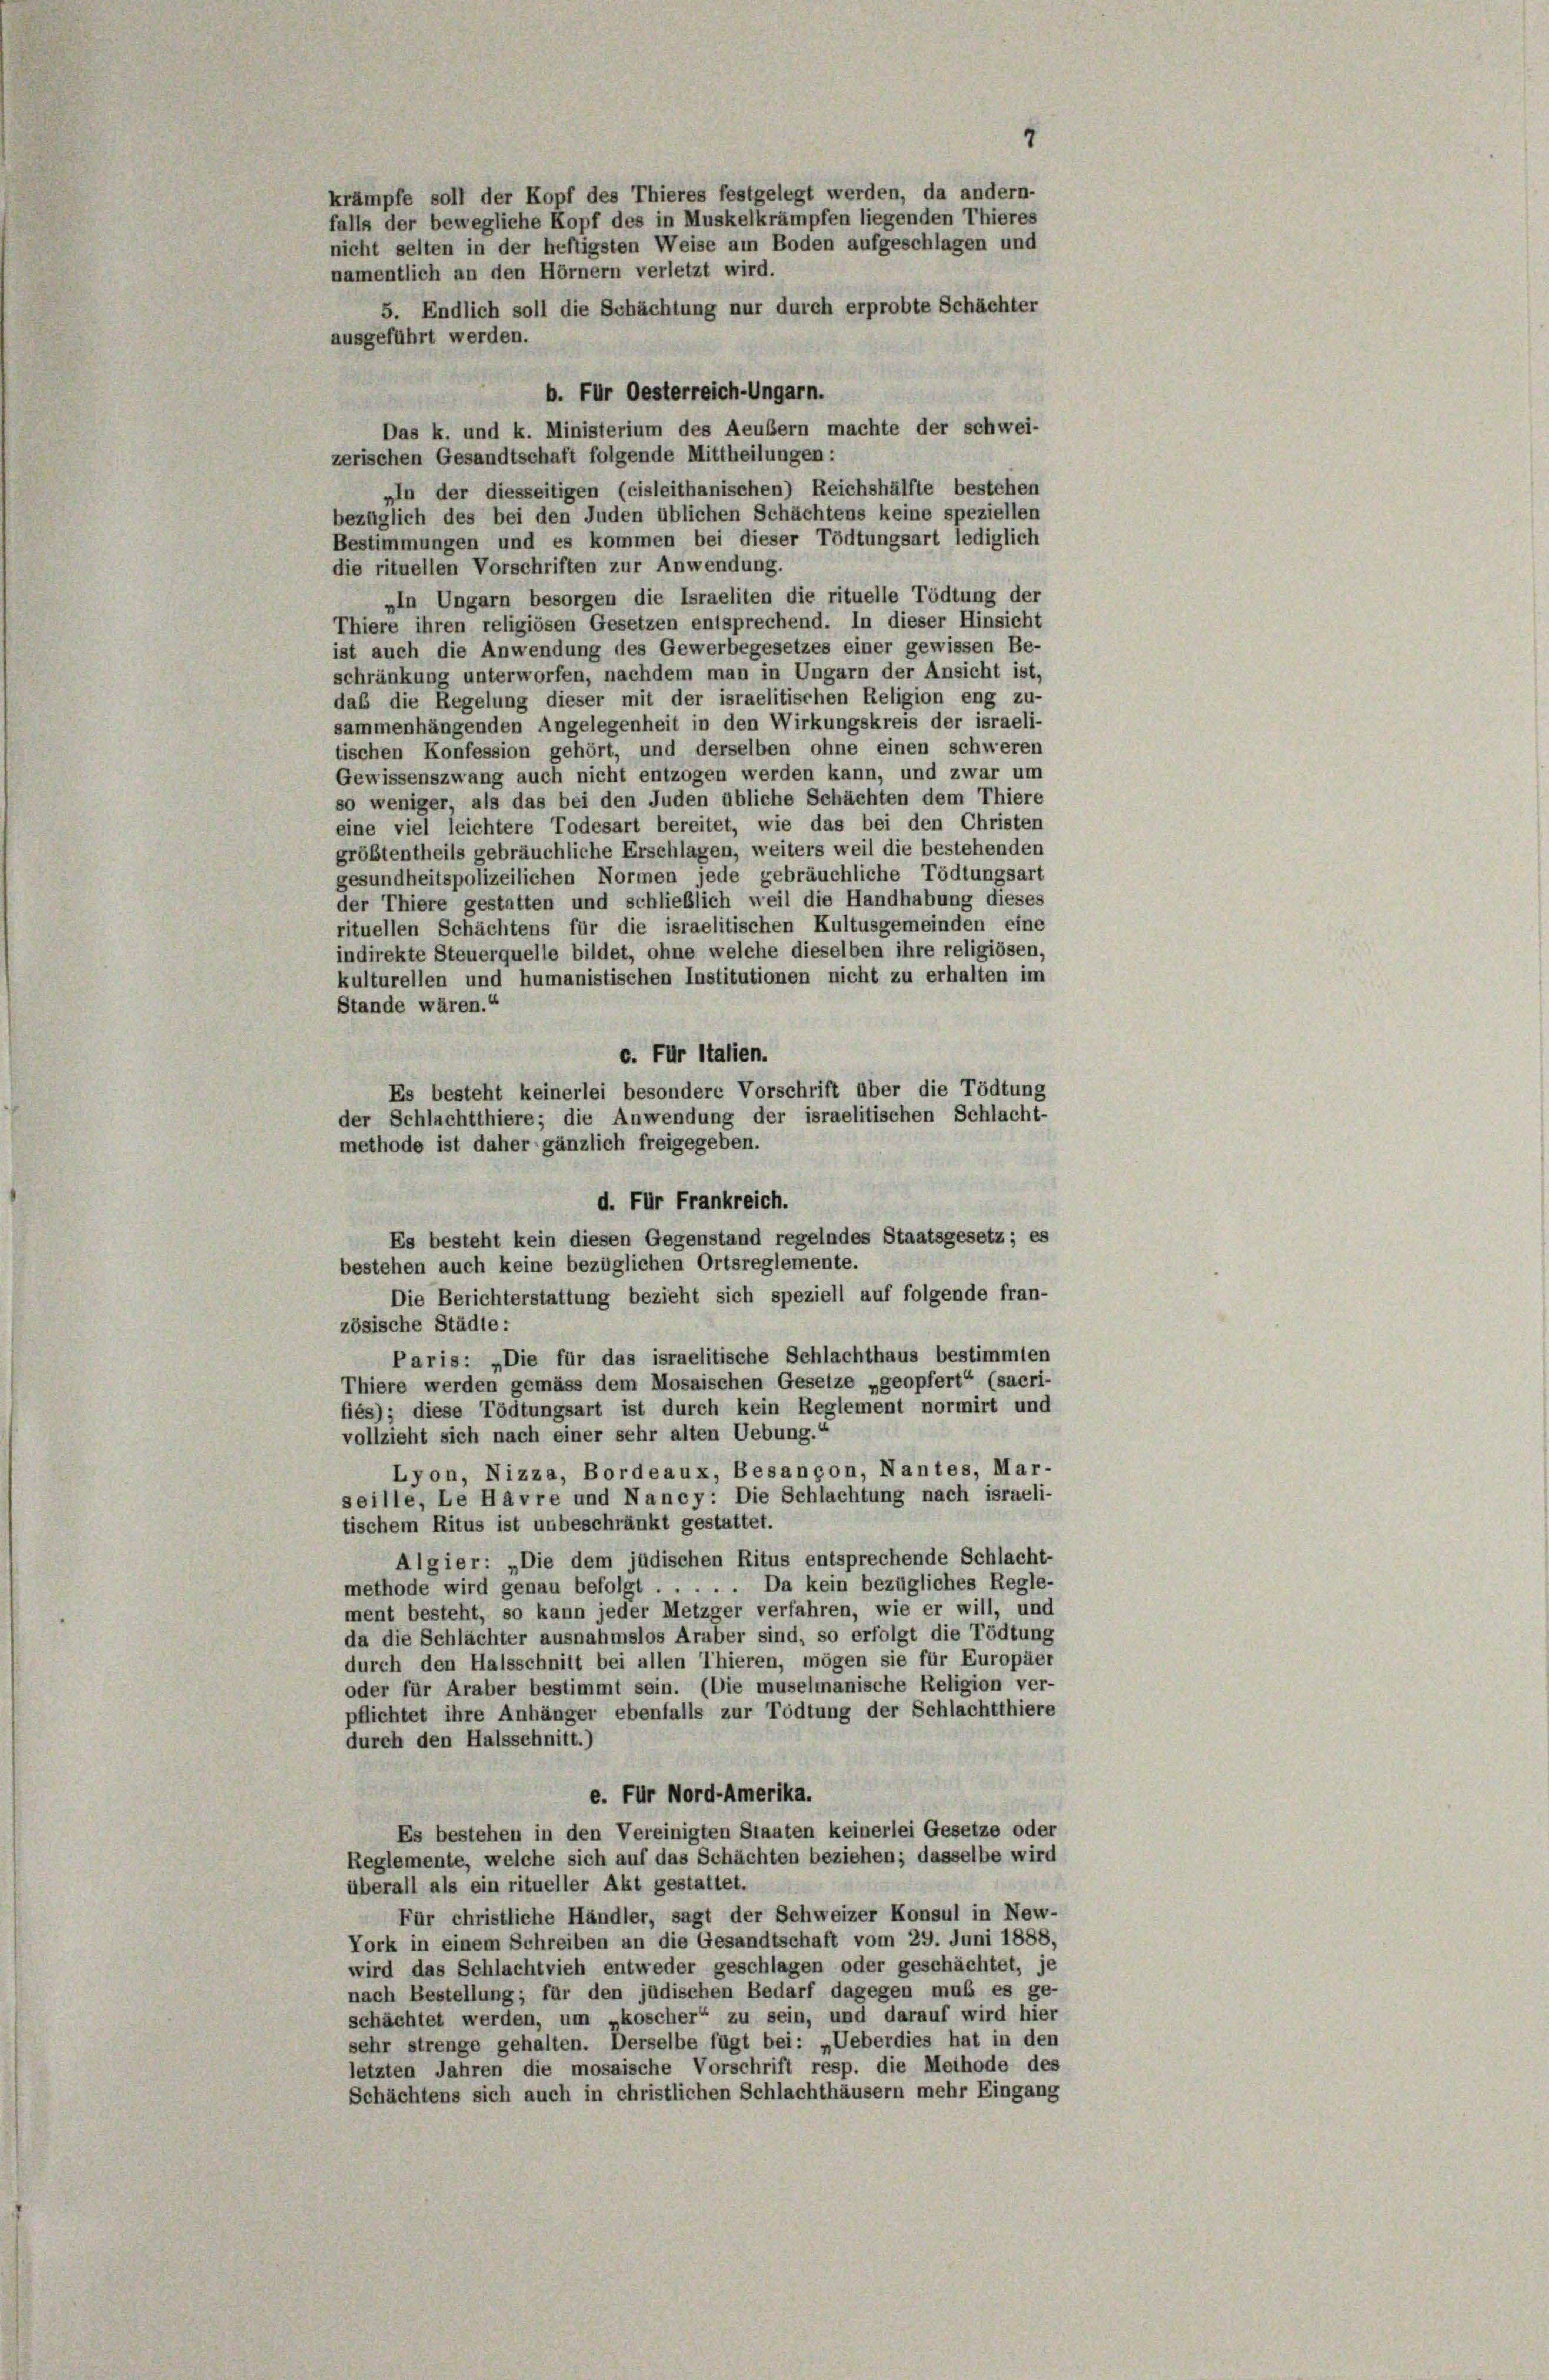
1
krämpfe soll der Kopf des Thieres festgelegt werden, da andern-
falls der bewegliche Kopf des in Muskelkrämpfen liegenden Thieres
nicht selten in der heftigsten Weise am Boden aufgeschlagen und
namentlich an den Hörnern verletzt wird.
5. Endlich soll die Schachtung nur durch erprobte Schächter
ausgeführt werden.

b. Für Oesterreich-Ungarn.
Das k. und k. Ministerium des Aeußern machte der schwei-
zerischen Gesandtschaft folgende Mittheilungen:
»In der diesseitigen (cisleithanischen) Reichshälfte bestehen
bezüglich des bei den Juden üblichen Schächtens keine speziellen
Bestimmungen und es kommen bei dieser Tödtungsart lediglich
die rituellen Vorschriften zur Anwendung.
»In Ungarn besorgen die Israeliten die rituelle Tödtung der
Thiere ihren religiösen Gesetzen entsprechend. In dieser Hinsicht
ist auch die Anwendung des Gewerbegesetzes einer gewissen Be-
schränkung unterworfen, nachdem man in Ungarn der Ansicht ist,
daß die Regelung dieser mit der israelitischen Religion eng zu-
sammenhängenden Angelegenheit in den Wirkungskreis der israeli-
tischen Konfession gehört, und derselben ohne einen schweren
Gewissenszwang auch nicht entzogen werden kann, und zwar um
so weniger, als das bei den Juden übliche Schächten dem Thiere
eine viel leichtere Todesart bereitet, wie das bei den Christen
größtentheils gebräuchliche Erschlagen, weiters weil die bestehenden
gesundheitspolizeilichen Normen jede gebräuchliche Tödtungsart
der Thiere gestatten und schließlich weil die Handhabung dieses
rituellen Schächtens für die israelitischen Kultusgemeinden eine
indirekte Steuerquelle bildet, ohne welche dieselben ihre religiösen,
kulturellen und humanistischen Institutionen nicht zu erhalten im
Stande wären.“
c. Für Italien.
Es besteht keinerlei besondere Vorschrift über die Tödtung
der Schlachtthiere; die Anwendung der israelitischen Schlacht-
methode ist daher gänzlich freigegeben.
d. Für Frankreich.
Es besteht kein diesen Gegenstand regelndes Staatsgesetz; es
bestehen auch keine bezüglichen Ortsreglemente.
Die Berichterstattung bezieht sich speziell auf folgende fran-
zösische Städte:
Paris: „Die für das israelitische Schlachthaus bestimmten
Thiere werden gemäss dem Mosaischen Gesetze „geopfert“ (sacri-
fies); diese Tödtungsart ist durch kein Reglement normirt und
vollzieht sich nach einer sehr alten Uebung.
Lyon, Nizza, Bordeaux, Besançon, Nantes, Mar-
seille, Le Havre und Nancy: Die Schlachtung nach israeli-
tischem Ritus ist unbeschränkt gestattet.
Algier: „Die dem jüdischen Ritus entsprechende Schlacht-
methode wird genau befolgt . . . . . Da kein bezügliches Regle-
ment besteht, so kann jeder Metzger verfahren, wie er will, und
da die Schlächter ausnahmslos Araber sind, so erfolgt die Tödtung
durch den Halsschnitt bei allen Thieren, mögen sie für Europäer
oder für Araber bestimmt sein. (Die muselmanische Religion ver-
pflichtet ihre Anhänger ebenfalls zur Tödtung der Schlachtthiere
durch den Halsschnitt.)
e. Für Nord-Amerika.
Es bestehen in den Vereinigten Staaten keinerlei Gesetze oder
Reglemente, welche sich auf das Schächten beziehen; dasselbe wird
überall als ein ritueller Akt gestattet.
Für christliche Händler, sagt der Schweizer Konsul in New-
Tork in einem Schreiben an die Gesandtschaft vom 29. Juni 1888,
wird das Schlachtvieh entweder geschlagen oder geschächtet, je
nach Bestellung; für den jüdischen Bedarf dagegen muß es ge-
schächtet werden, um „koscher“ zu sein, und darauf wird hier
sehr strenge gehalten. Derselbe fügt bei: „Ueberdies hat in den
letzten Jahren die mosaische Vorschrift resp. die Meihode des
Schächtens sich auch in christlichen Schlachthäusern mehr Eingang